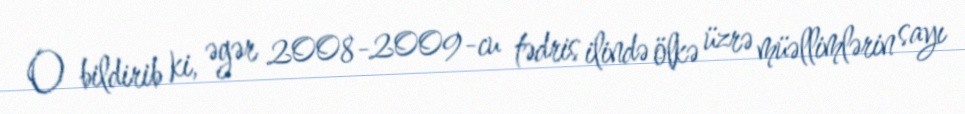
O bildirib ki, əgər 2008-2009-cu tədris ilində ölkə üzrə müəllimlərin sayı